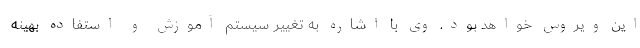
این ویروس خواهد بود. وی با اشاره به تغییر سیستم آموزش و استفاده بهینه